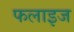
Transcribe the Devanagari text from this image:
फलाइज